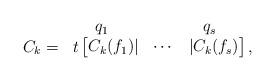
LaTeX: \begin{align*}\begin{array}{cccc} & \quad\:\,q_1 & & \quad\;\;\:q_s \\ C_k= &\multicolumn{3}{c}{t \begin{bmatrix} C_k(f_1)| & \cdots &|C_k(f_s) \end{bmatrix},}\end{array}\end{align*}